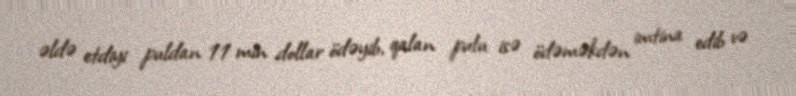
əldə etdiyi puldan 11 min dollar ödəyib, qalan pulu isə ödəməkdən imtina edib və